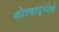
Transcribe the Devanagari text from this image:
कोल्हापूरयेथे